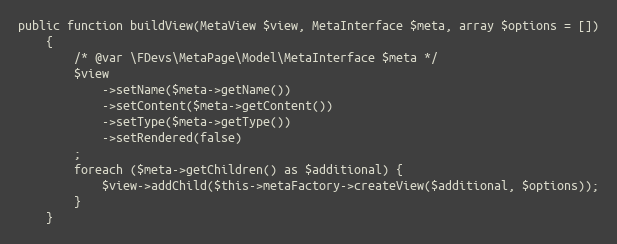
Language: PHP
public function buildView(MetaView $view, MetaInterface $meta, array $options = [])
    {
        /* @var \FDevs\MetaPage\Model\MetaInterface $meta */
        $view
            ->setName($meta->getName())
            ->setContent($meta->getContent())
            ->setType($meta->getType())
            ->setRendered(false)
        ;
        foreach ($meta->getChildren() as $additional) {
            $view->addChild($this->metaFactory->createView($additional, $options));
        }
    }